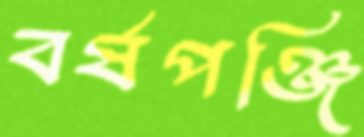
বর্ষপঞ্জি